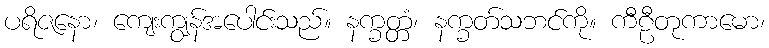
ပရိဇနော၊ ကျေးကျွန်အပေါင်းသည်။ နက္ခတ္တံ၊ နက္ခတ်သဘင်ကို။ ကီဠီတုကာမော၊